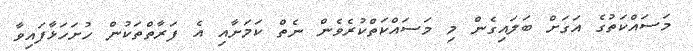
މަސައްކަތުގެ އަގަށް ބަލައިގެން މި މަސައްކަތްކުރެވެން ނެތް ކަމަށާއި އެ ފަރާތްތަކުން ހުށަހަޅާފައިވާ